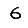
Digit: 6